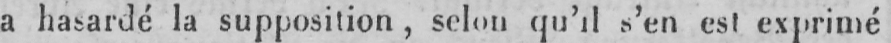
a hasardé la supposition, selon qu’il s’en est exprimé